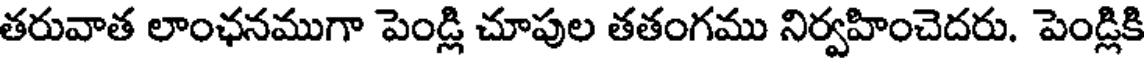
తరువాత లాంఛనముగా పెండ్లి చూపుల తతంగము నిర్వహించెదరు. పెండ్లికి